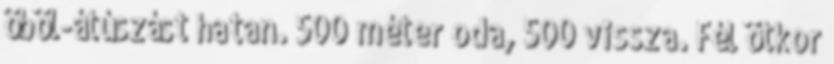
öböl-átúszást hatan. 500 méter oda, 500 vissza. Fél ötkor